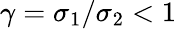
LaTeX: \gamma=\sigma_{1}/\sigma_{2}<1